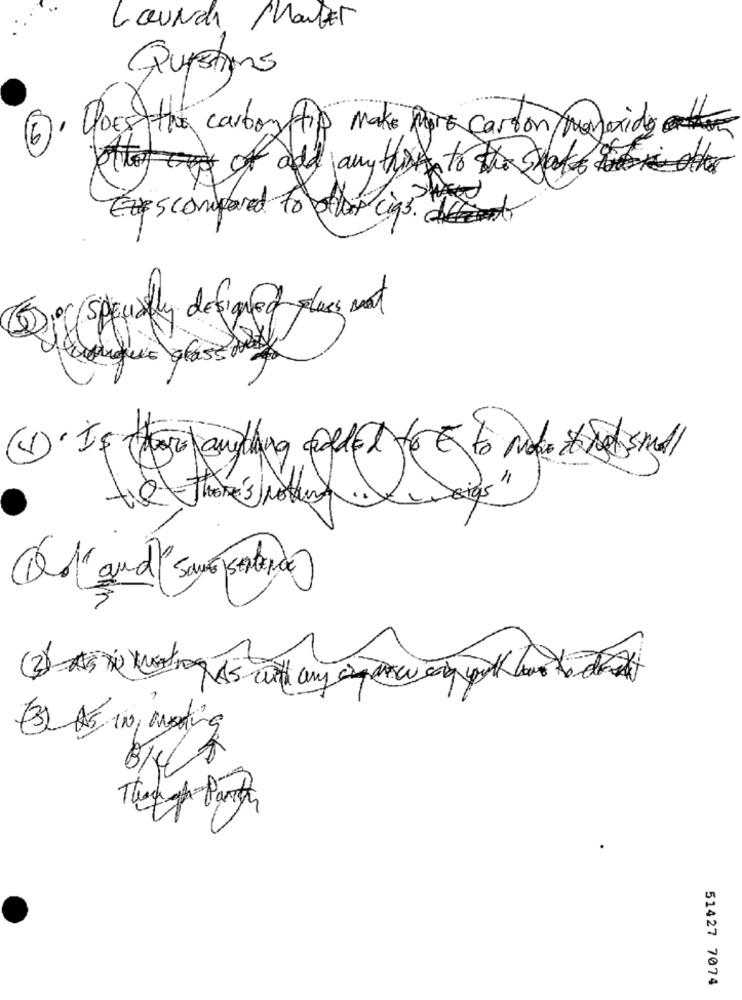
Launch Manter
Questions
Does the carbon flip make more carbon monoxide
of add jany him to the stakes lite
Escompared to offer cigs. here
Der specially designed plus ment
langue plass foot
(1). Is hogy anything called YE to make to wet small
the thor " note Deigs"
8/4
Though Par
51427 7074